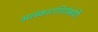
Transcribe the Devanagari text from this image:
अलंकारशिरोमणि